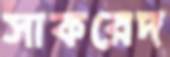
সাকরেদ